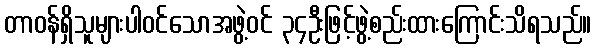
တာဝန်ရှိသူများပါဝင်သောအဖွဲ့ဝင် ၃၄ဦးဖြင့်ဖွဲ့စည်းထားကြောင်းသိရသည်။